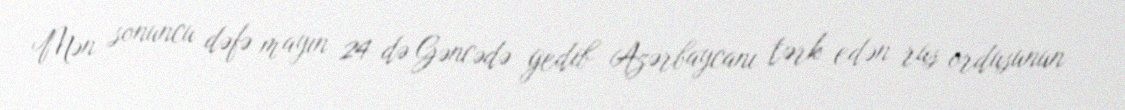
Mən sonuncu dəfə mayın 24-də Gəncədə gedib Azərbaycanı tərk edən rus ordusunun